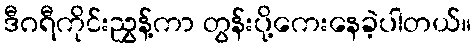
ဒီဂရီကိုင်းညွှန့်ကာ တွန်းပို့ကေးနေခဲ့ပါတယ်။